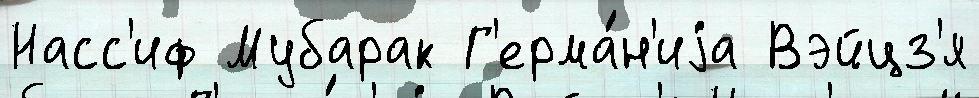
Насс'иф Мубарак Г'ерма́н'иjа Вэйцз'я